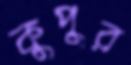
কুপুর